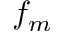
f _ { m }